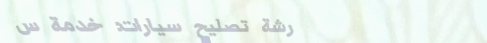
ورشة تصليح سيارات: خدمة س